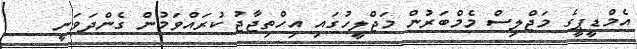
އެމްޑީޕީގެ މަޖްލިސް މެމްބަރުން މަޖްލީހުގައި އިހްތިޖާޖު ކުރައްވަމުން ގެންދަވަނީ